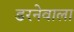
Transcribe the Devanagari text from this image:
डरनेवाला